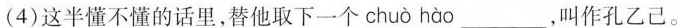
(4)这半懂不懂的话里，替他取下一个 chuò hào___，叫作孔乙己。